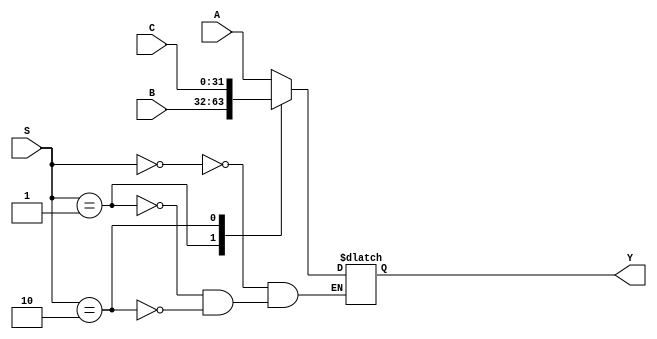
`timescale 1ns / 1ps

module Mux3_1 #(parameter n=32)(
    input [n-1:0] A,
    input [n-1:0] B,
    input [n-1:0] C,
    //input [n-1:0] D,
    
    input [1:0] S,
    output reg [n-1:0] Y
    );
    
    always@(A,B,C,S)
    begin
    case(S)
    2'b00: Y=A;
    2'b01: Y=B;
    2'b10: Y=C;
    //2'b11: Y=D;
    endcase
    end
    
endmodule